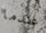
عندما